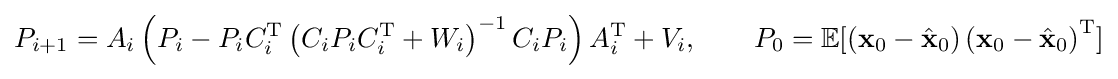
P_{i+1}=A_{i}\left(P_{i}-P_{i}C_{i}^{\mathrm {T} }\left(C_{i}P_{i}C_{i}^{\mathrm {T} }+W_{i}\right)^{-1}C_{i}P_{i}\right)A_{i}^{\mathrm {T} }+V_{i},\qquad P_{0}=\mathbb {E} [\left({\mathbf {x} }_{0}-{\hat {\mathbf {x} }}_{0}\right)\left({\mathbf {x} }_{0}-{\hat {\mathbf {x} }}_{0}\right)^{\mathrm {T} }]